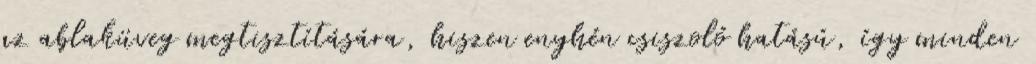
az ablaküveg megtisztítására, hiszen enyhén csiszoló hatású, így minden